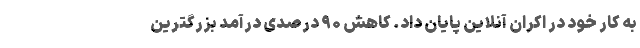
به کار خود در اکران آنلاین پایان داد. کاهش ۹۰ درصدی درآمد بزرگترین